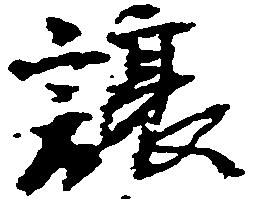
譲